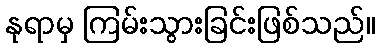
နုရာမှ ကြမ်းသွားခြင်းဖြစ်သည်။